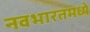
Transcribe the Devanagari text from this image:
नवभारतमध्ये